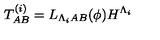
T _ { A B } ^ { ( i ) } = L _ { \Lambda _ { i } A B } ( \phi ) H ^ { \Lambda _ { i } }